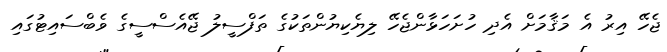
ޖެހޭ އިރު އެ މަޤާމަށް އެދި ހުށަހަޅާންޖެހޭ ލިޔެކިޔުންތަކުގެ ތަފްސީލު ޖޭއެސްސީގެ ވެބްސައިޓުގައި